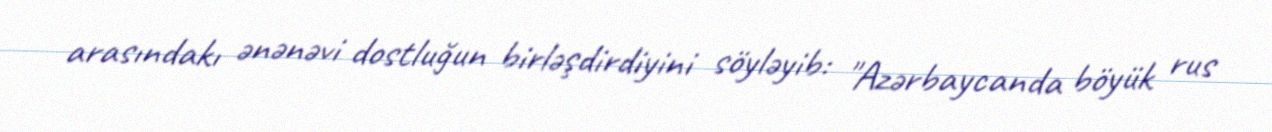
arasındakı ənənəvi dostluğun birləşdirdiyini söyləyib: "Azərbaycanda böyük rus